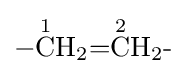
{{-}{\overset {1}{\mathrm {C} }}\mathrm {H} {\vphantom {A}}_{\smash[{t}]{2}}{=}{\overset {2}{\mathrm {C} }}\mathrm {H} {\vphantom {A}}_{\smash[{t}]{2}}{\text{-}}}